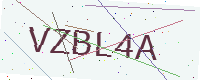
Text: VZBL4A